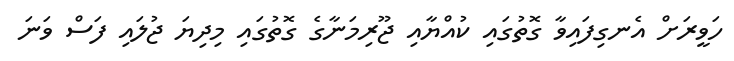
ހަވީރަށް އެނގިފައިވާ ގޮތުގައި ކުއްޔާއި ޖޫރިމަނާގެ ގޮތުގައި މިދިޔަ ޖުލައި ފަސް ވަނަ